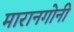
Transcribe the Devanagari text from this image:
मारानगोनी